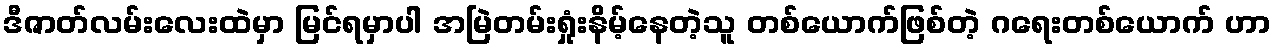
ဒီဇာတ်လမ်းလေးထဲမှာ မြင်ရမှာပါ အမြဲတမ်းရှုံးနိမ့်နေတဲ့သူ တစ်ယောက်ဖြစ်တဲ့ ဂရေးတစ်ယောက် ဟာ